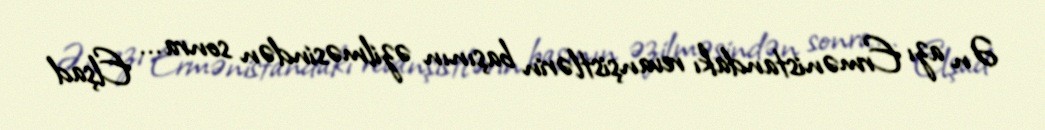
Ən azı Ermənistandakı revanşistlərin başının əzilməsindən sonra... Elşad